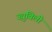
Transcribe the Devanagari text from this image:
ज्य़ुबिली